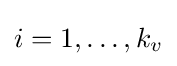
i=1,\ldots ,k_{v}